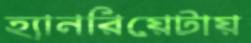
হ্যানরিয়েটায়